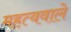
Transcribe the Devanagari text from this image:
महत्ववाले